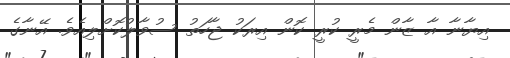
އިޔާނާ އާ ޒާން މެރީ ކުރީ ކޮން އިރަކު ޖާހަތު ސުވާލުކޮށްލިއެވެ. އޭނާގެ